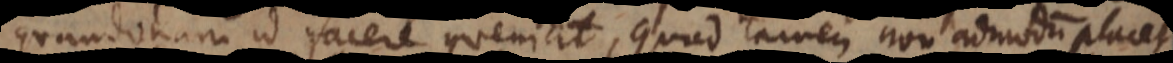
quandonam id facere conveniat, quod tamen non admodum placet